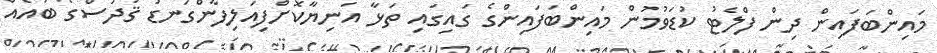
މައިންބަފައިން ދިން ފްލެޓު ކުޑަވުމުން މައިންބަފައިންގެ ގައިގައި ތަޅާ އަނިޔާކޮށްފިއަލިފާންގަނޑު ޤުދުސްގެ ބައެއް